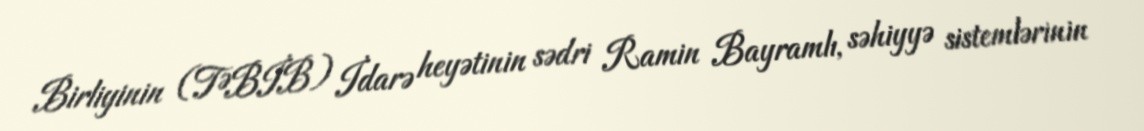
Birliyinin (TƏBİB) İdarə heyətinin sədri Ramin Bayramlı, səhiyyə sistemlərinin